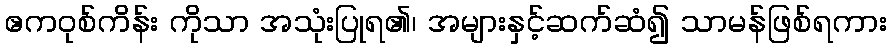
ဧကဝုစ်ကိန်း ကိုသာ အသုံးပြုရ၏၊ အများနှင့်ဆက်ဆံ၍ သာမန်ဖြစ်ရကား